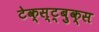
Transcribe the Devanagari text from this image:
टेक्स्ट्बुक्स